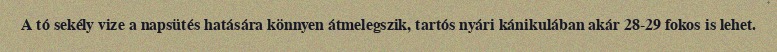
A tó sekély vize a napsütés hatására könnyen átmelegszik, tartós nyári kánikulában akár 28-29 fokos is lehet.